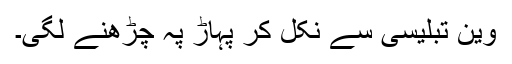
وین تبلیسی سے نکل کر پہاڑ پہ چڑھنے لگی۔